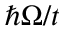
\hbar \Omega / t